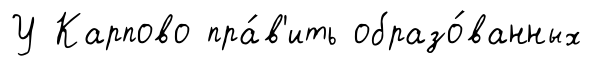
У Карпово пра́в'ить образо́ванных